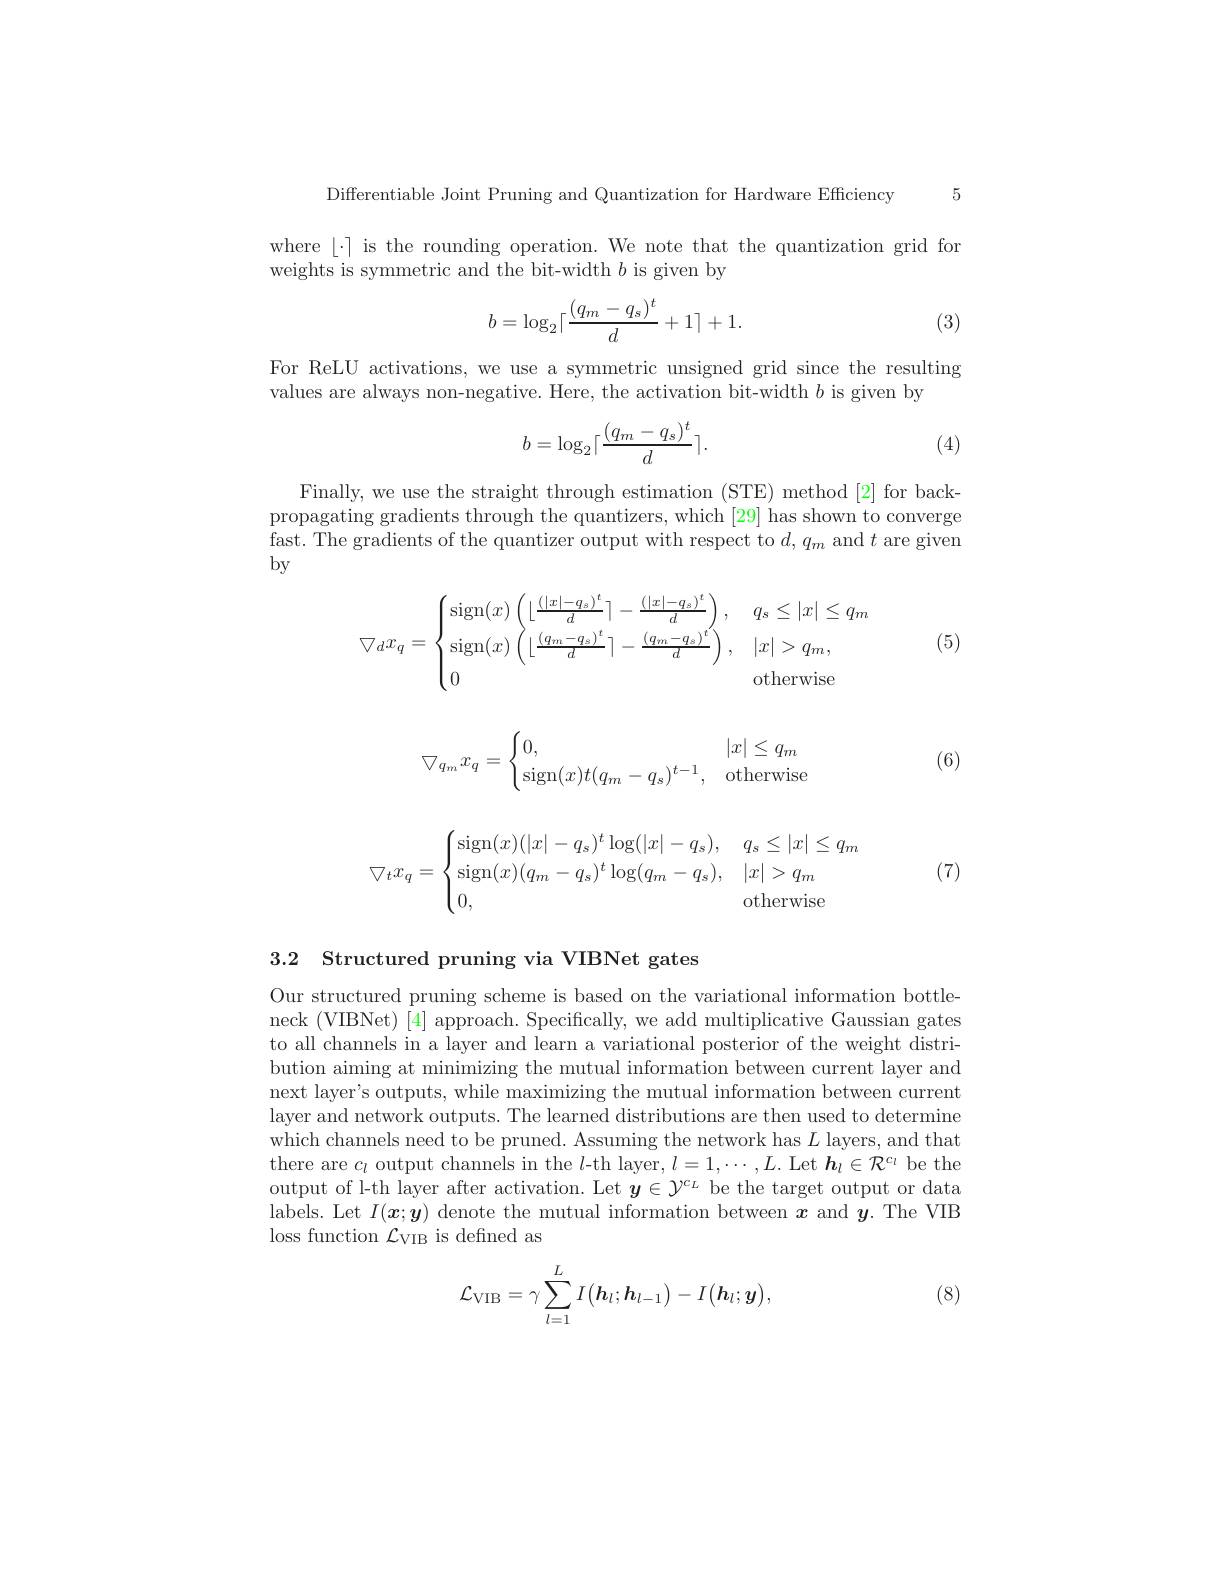
Differentiable Joint Pruning and Quantization for Hardware Efficiency 5

where $\lfloor\cdot\rceil$ is the rounding operation. We note that the quantization grid for
weights is symmetric and the bit-width $b$ is given by
$$b=\log_2\lceil\frac{(q_m-q_s)^t}{d}+1\rceil+1.$$
(3)

For ReLU activations, we use a symmetric unsigned grid since the resulting
values are always non-negative. Here, the activation bit-width $b$ is given by
$$b=\log_2\lceil\frac{(q_m-q_s)^t}{d}\rceil.$$
(4)

Finally, we use the straight through estimation (STE) method [2] for backpropagating gradients through the quantizers, which [29] has shown to converge fast. The gradients of the quantizer output with respect to $d,q_m$ and $t$ are given by

(5)
$$\bigtriangledown_dx_q=\begin{cases}\operatorname{sign}(x)\left(\lfloor\frac{(|x|-q_s)^t}{d}\rceil-\frac{(|x|-q_s)^t}{d}\right),&q_s\leq|x|\leq q_m\\\operatorname{sign}(x)\left(\lfloor\frac{(q_m-q_s)^t}{d}\rceil-\frac{(q_m-q_s)^t}{d}\right),&|x|>q_m,\\0&\text{otherwise}\end{cases}$$
$$\bigtriangledown_{q_m}x_q=\begin{cases}0,&|x|\leq q_m\\\operatorname{sign}(x)t(q_m-q_s)^{t-1},&\text{otherwise}\end{cases}$$
(6)

(7)
$$\bigtriangledown_tx_q=\begin{cases}\operatorname{sign}(x)(|x|-q_s)^t\log(|x|-q_s),&q_s\leq|x|\leq q_m\\\operatorname{sign}(x)(q_m-q_s)^t\log(q_m-q_s),&|x|>q_m\\0,&\text{otherwise}\end{cases}$$
3.2 Structured pruning via VIBNet gates

Our structured pruning scheme is based on the variational information bottleneck (VIBNet) [4] approach. Specifically, we add multiplicative Gaussian gates to all channels in a layer and learn a variational posterior of the weight distribution aiming at minimizing the mutual information between current layer and next layer's outputs, while maximizing the mutual information between current layer and network outputs. The learned distributions are then used to determine which channels need to be pruned. Assuming the network has $L$ layers, and that there are $c_l$ output channels in the $l$-th layer, $l=1,\cdots,L$.Let $\boldsymbol h_l\in\mathcal{R}^{c_l}$ be the output of l-th layer after activation. Let $y\in\mathcal{Y}^{c_L}$ be the target output or data labels. Let $I(x;y)$ denote the mutual information between $x$ and $y.$ The VIB loss function $\mathcal{L}_\mathrm{VIB}$ is defined as

(8)
$$\mathcal{L}_{\mathrm{VIB}}=\gamma\sum_{l=1}^{L}I\big(h_{l};h_{l-1}\big)-I\big(h_{l};y\big),$$